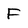
Character: F